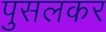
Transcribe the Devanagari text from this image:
पुसलकर